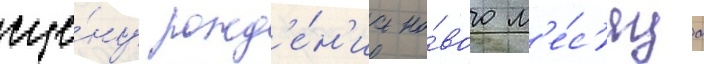
сце́ну рожд'е́н'иа но́вого м'е́с'яца